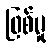
ဖြစ်မှု